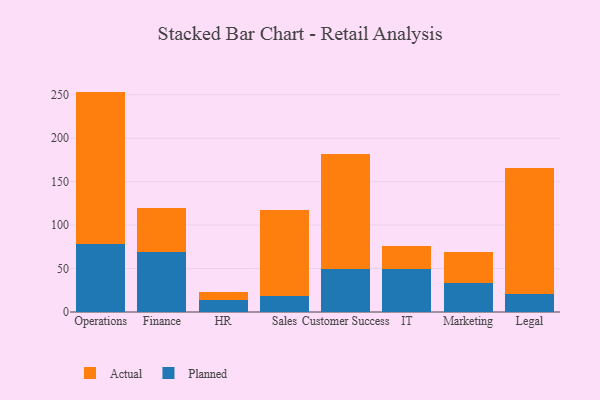
{"axis": {"x": "Department", "y": "Net Income (USD K)"}, "legend": ["Actual", "Planned"], "data": [{"x": "Operations", "y": 77.7, "type": "Planned"}, {"x": "Operations", "y": 175.9, "type": "Actual"}, {"x": "Finance", "y": 69.2, "type": "Planned"}, {"x": "Finance", "y": 50.8, "type": "Actual"}, {"x": "HR", "y": 13.8, "type": "Planned"}, {"x": "HR", "y": 9.0, "type": "Actual"}, {"x": "Sales", "y": 18.5, "type": "Planned"}, {"x": "Sales", "y": 99.2, "type": "Actual"}, {"x": "Customer Success", "y": 49.4, "type": "Planned"}, {"x": "Customer Success", "y": 132.6, "type": "Actual"}, {"x": "IT", "y": 49.7, "type": "Planned"}, {"x": "IT", "y": 25.7, "type": "Actual"}, {"x": "Marketing", "y": 33.0, "type": "Planned"}, {"x": "Marketing", "y": 36.3, "type": "Actual"}, {"x": "Legal", "y": 20.2, "type": "Planned"}, {"x": "Legal", "y": 145.8, "type": "Actual"}]}